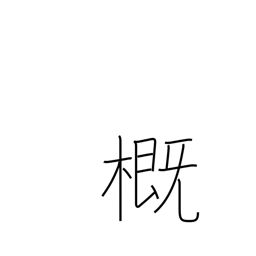
Meaning: approximation